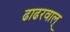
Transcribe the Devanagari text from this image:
ढाढरवाल्